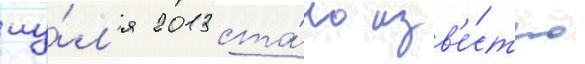
иу́л'я 2013 ста́ло изв'е́стно